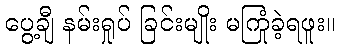
ပွေ့ချီ နမ်းရှုပ် ခြင်းမျိုး မကြုံခဲ့ရဖူး။